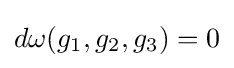
d\omega (g_{1},g_{2},g_{3})=0